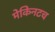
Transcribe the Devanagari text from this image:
मेकिनटच